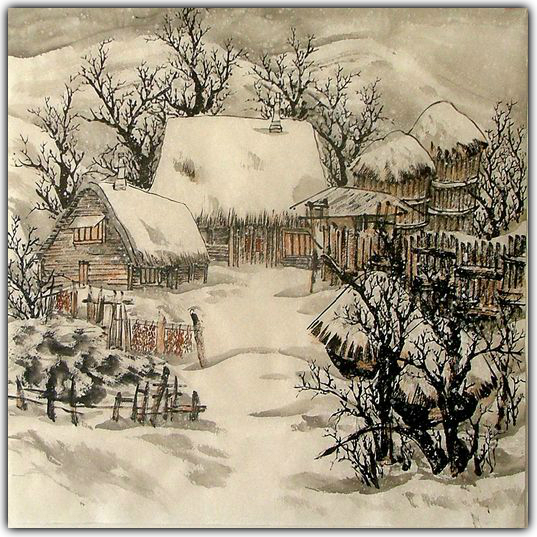
山驿凄凉，灯昏人独寝。